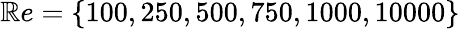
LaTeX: \mathbb{R}e=\{ 100,250,500,750,1000,10000\}